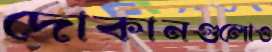
দোকানগুলোও